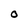
Character: O